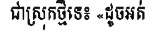
ជាស្រុកថ្មីទេ៖ «ដូចអត់